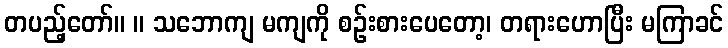
တပည့်တော်။ ။ သဘောကျ မကျကို စဉ်းစားပေတော့၊ တရားဟောပြီး မကြာခင်